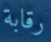
رقابة